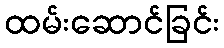
ထမ်းဆောင်ခြင်း